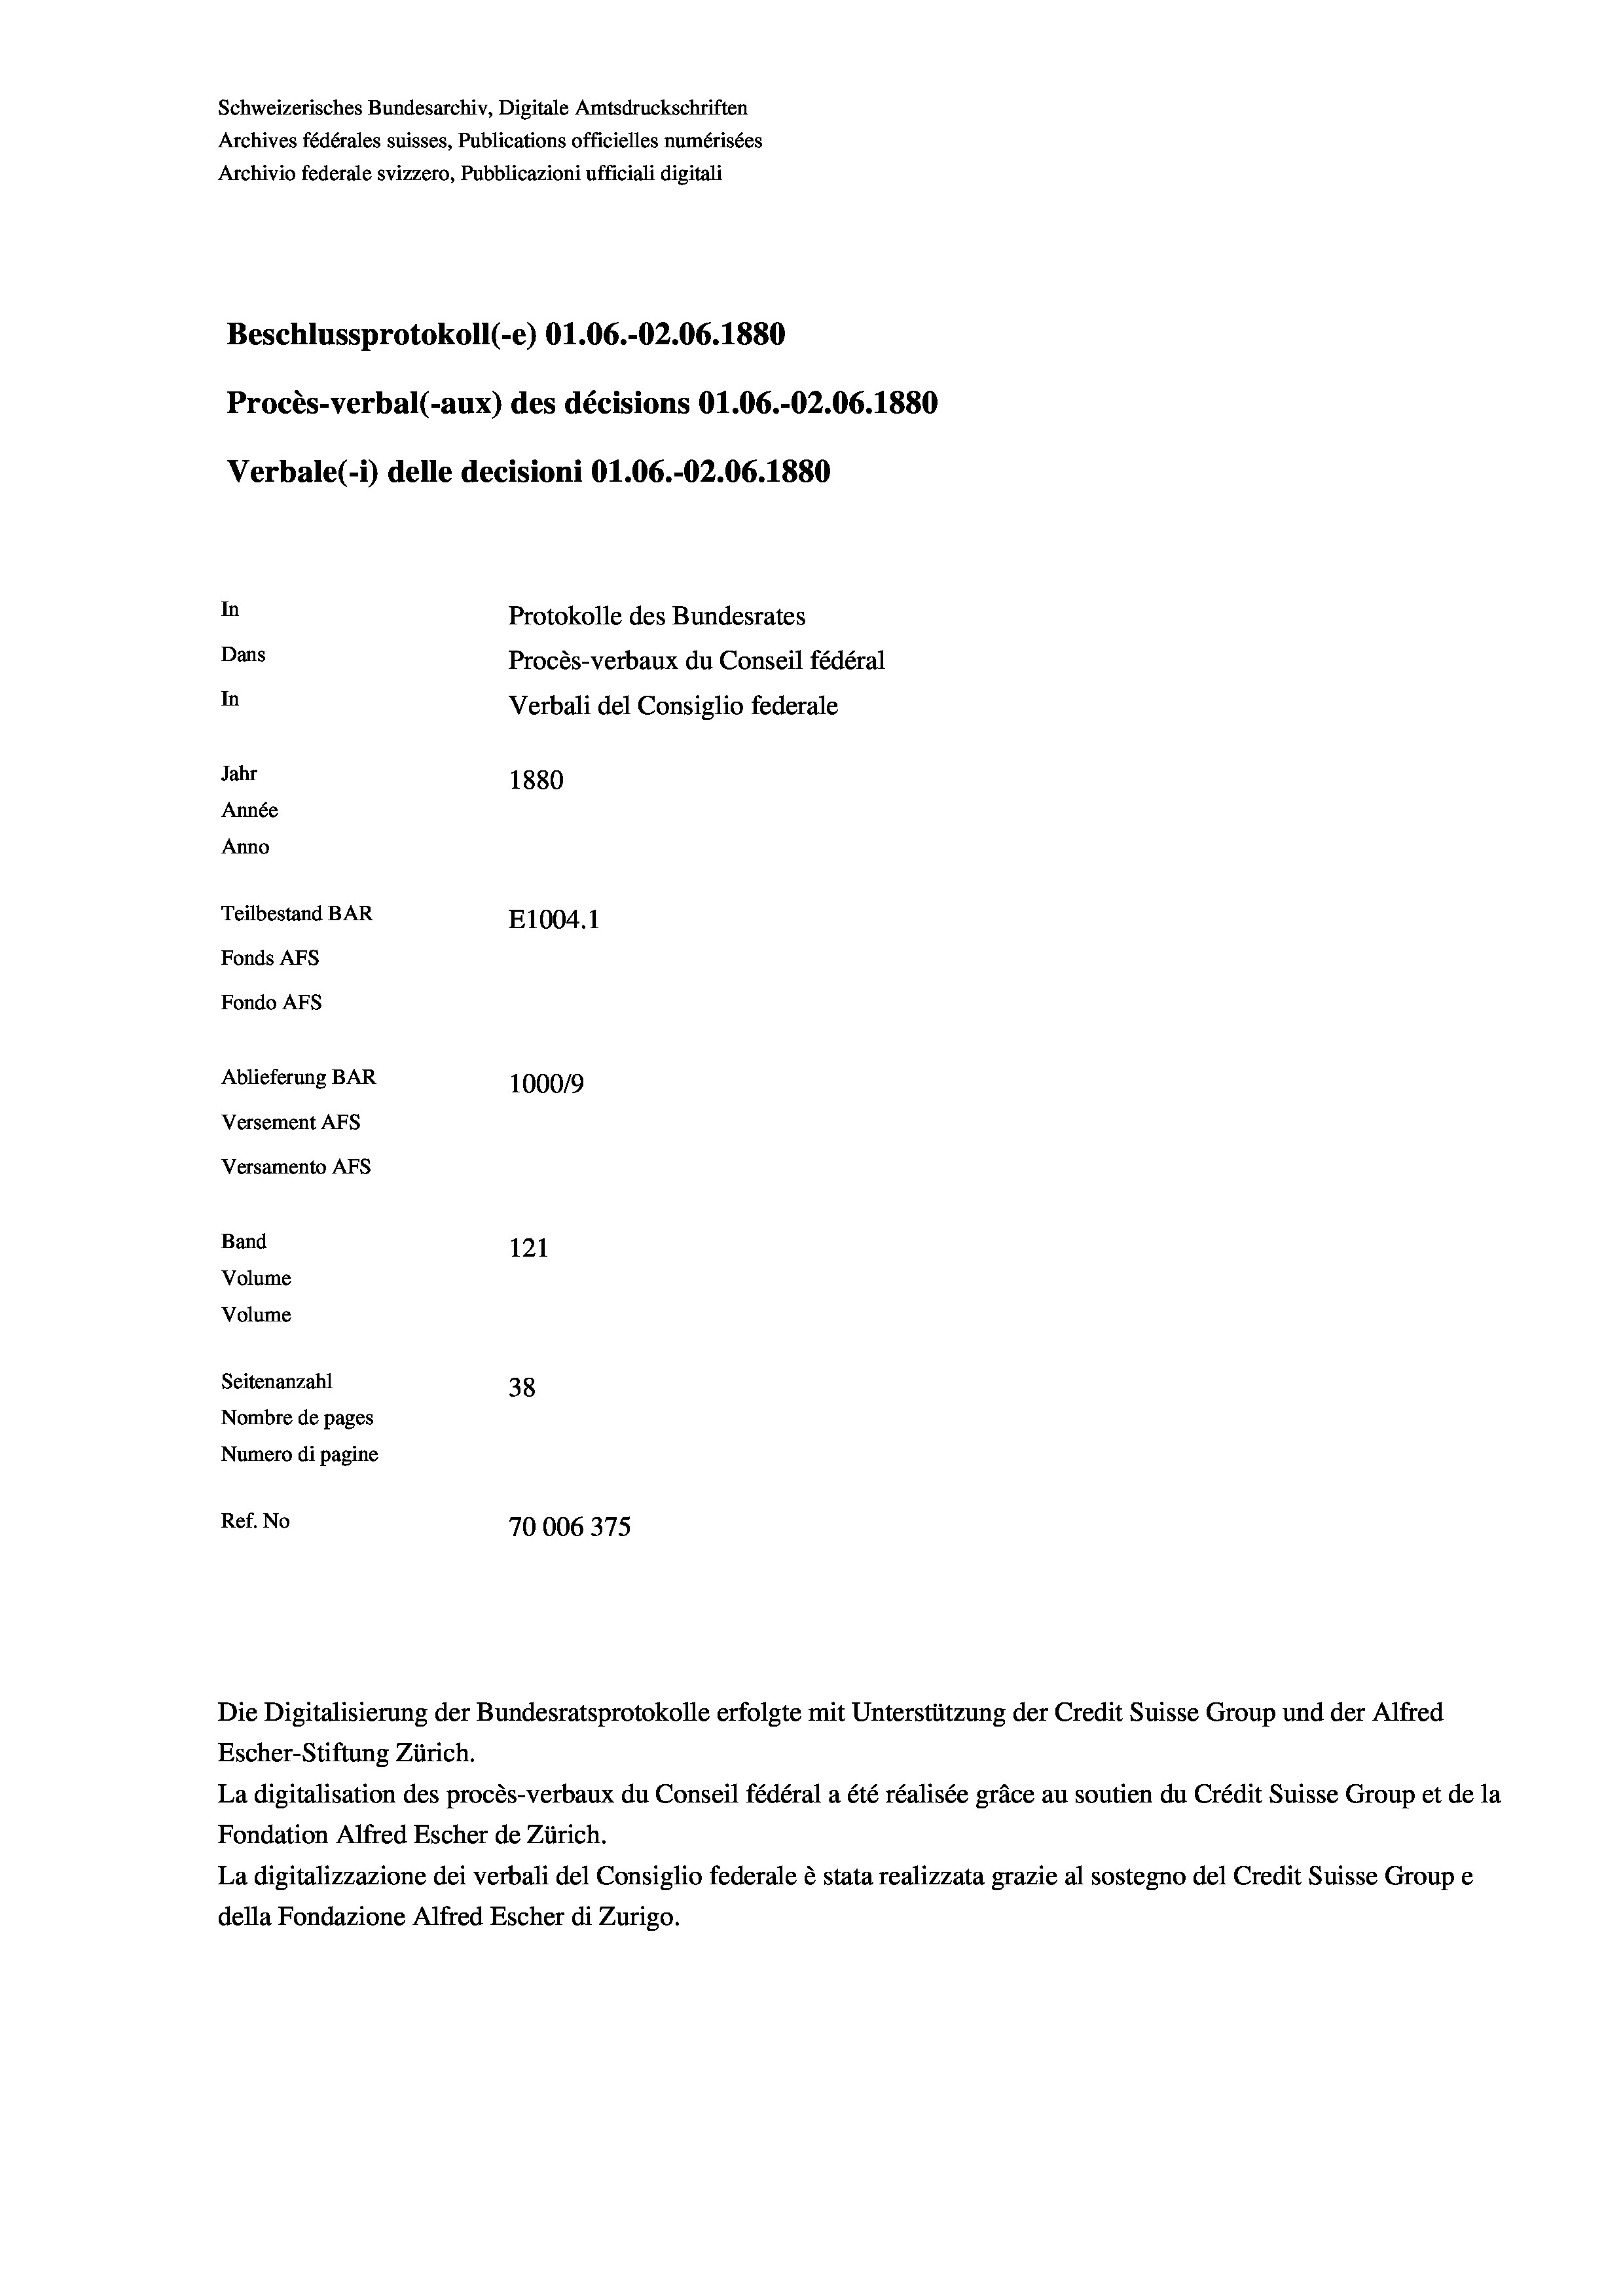
Schweizerisches Bundesarchiv, Digitale Amtsdruckschriften
Archives fédérales suisses, Publications officielles numérisées
Archivio federale svizzero, Pubblicazioni ufficiali digitali
Beschlussprotokoll (-e) O1.06.-O2.06. 1880
Procès-verbal (-aux) des décisions O1.06.-O2.06. 1880
Verbale (i) delle decisioni O1.06.-O2.06. 1880
In
Protokolle des Bundesrates
Dans
Procès-verbaux du Conseil fédéral
In
Verbali del Consiglio federale
Jahr
1880
Année
Anno
Teilbestand BAR
E1004. 1
Fonds AFs
Fondo AFS
Ablieferung BAR
100019
Versement AFs
Versamento Afs
Band
121
Volume
Volume
Seitenanzahl
38
Nombre de pages
Numero di pagine
Ref. No
70006375

Escher-Stiftung Zürich.
La digitalisation des procès-verbaux du Conseil fédéral a été réalisée gräce au soutien du Crédit Suisse Group et de la
Fondation Alfred Escher de Zürich.
La digitalizzazione dei verbali del Consiglio federale è stata realizzata grazie al sostegno del Credit Suisse Groupe
della Fondazione Alfred Escher di Zurigo.

Die Digitalisierung der Bundesratsprotokolle erfolgte mit Unterstützung der Credit Suisse Group und der Alfred